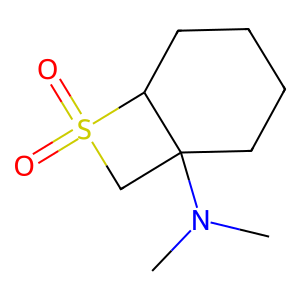
SMILES: CN(C)C12CCCCC1S(=O)(=O)C2
Inhibits HIV replication: No